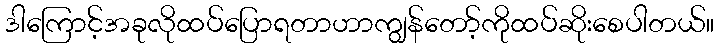
ဒါကြောင့်အခုလိုထပ်ပြောရတာဟာကျွန်တော့်ကိုထပ်ဆိုးစေပါတယ်။